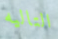
التاليه